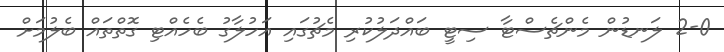
2-0 ލަނޑުން މެންޗެސްޓާ ސިޓީ ބައްދަލުކުރި މެޗުގައި އަހުލާގު ބެހެއްޓި ގޮތްތައް ބެލުމަށް